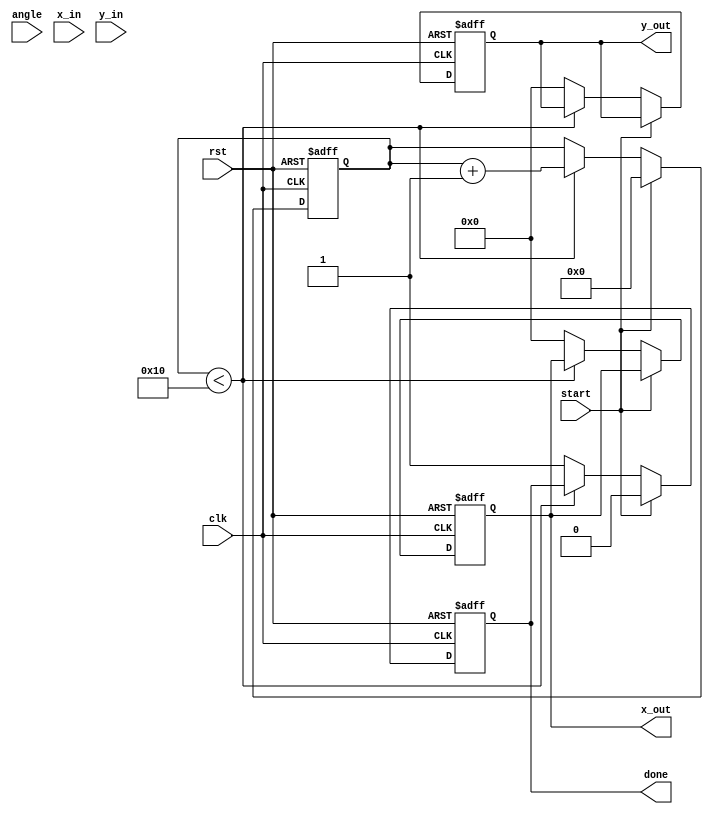
module cordic (
    input wire clk,
    input wire rst,
    input wire [15:0] angle,   // Input angle in radians (16-bit)
    input wire [15:0] x_in,     // Input x coordinate (16-bit)
    input wire [15:0] y_in,     // Input y coordinate (16-bit)
    input wire start,           // Start signal for computation
    output reg [15:0] x_out,    // Output x coordinate (16-bit)
    output reg [15:0] y_out,    // Output y coordinate (16-bit)
    output reg done             // Done signal
);

    // Parameters
    parameter NUM_ITERATIONS = 16; // Number of CORDIC iterations
    parameter SCALE_FACTOR = 16'h26DD; // Scaling factor (pre-computed for 16 iterations)

    // Pre-computed arctangent values (in fixed-point format)
    reg [15:0] atan_lut [0:NUM_ITERATIONS-1];
    initial begin
        atan_lut[0] = 16'h2000; // atan(2^0) = 0.7854 (approx)
        atan_lut[1] = 16'h1333; // atan(2^-1) = 0.4636 (approx)
        atan_lut[2] = 16'h0A3D; // atan(2^-2) = 0.2449 (approx)
        atan_lut[3] = 16'h0524; // atan(2^-3) = 0.1244 (approx)
        // ... (fill in remaining LUT values)
        atan_lut[15] = 16'h0001; // atan(2^-15) (smallest value)
    end

    // Internal registers
    reg [15:0] x_reg;
    reg [15:0] y_reg;
    reg [15:0] angle_reg;
    reg [3:0] iteration;
    reg [15:0] atan_value;

    // State machine for CORDIC computation
    always @(posedge clk or posedge rst) begin
        if (rst) begin
            x_out <= 0;
            y_out <= 0;
            done <= 0;
            iteration <= 0;
        end else if (start) begin
            // Initialize registers
            x_reg <= x_in;
            y_reg <= y_in;
            angle_reg <= angle;
            iteration <= 0;
            done <= 0;
        end else if (iteration < NUM_ITERATIONS) begin
            // CORDIC rotation logic
            atan_value = atan_lut[iteration];

            if (angle_reg < 0) begin
                // Counter-clockwise rotation
                x_reg <= x_reg + (y_reg >>> iteration);
                y_reg <= y_reg - (x_reg >>> iteration);
                angle_reg <= angle_reg + atan_value;
            end else begin
                // Clockwise rotation
                x_reg <= x_reg - (y_reg >>> iteration);
                y_reg <= y_reg + (x_reg >>> iteration);
                angle_reg <= angle_reg - atan_value;
            end

            iteration <= iteration + 1;
        end else begin
            // Apply scaling factor
            x_out <= x_reg * SCALE_FACTOR >>> 16; // Scale down
            y_out <= y_reg * SCALE_FACTOR >>> 16; // Scale down
            done <= 1; // Indicate completion
        end
    end

endmodule